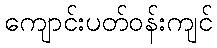
ကျောင်းပတ်ဝန်းကျင်